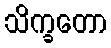
သိက္ခတော